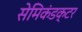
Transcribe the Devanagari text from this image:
सेमिकंडक्टर